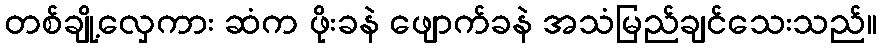
တစ်ချို့လှေကား ဆံက ဖိုးခနဲ ဖျောက်ခနဲ အသံမြည်ချင်သေးသည်။